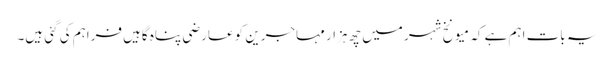
یہ بات اہم ہے کہ میونخ شہر میں چھ ہزار مہاجرین کو عارضی پناہ گاہیں فراہم کی گئی ہیں۔